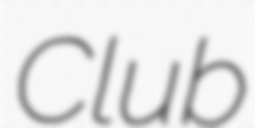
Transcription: Club